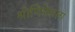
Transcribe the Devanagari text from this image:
श्रोणिमेखला